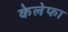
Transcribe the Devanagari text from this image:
केलेफा